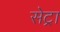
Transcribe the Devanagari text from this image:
सेट्रा